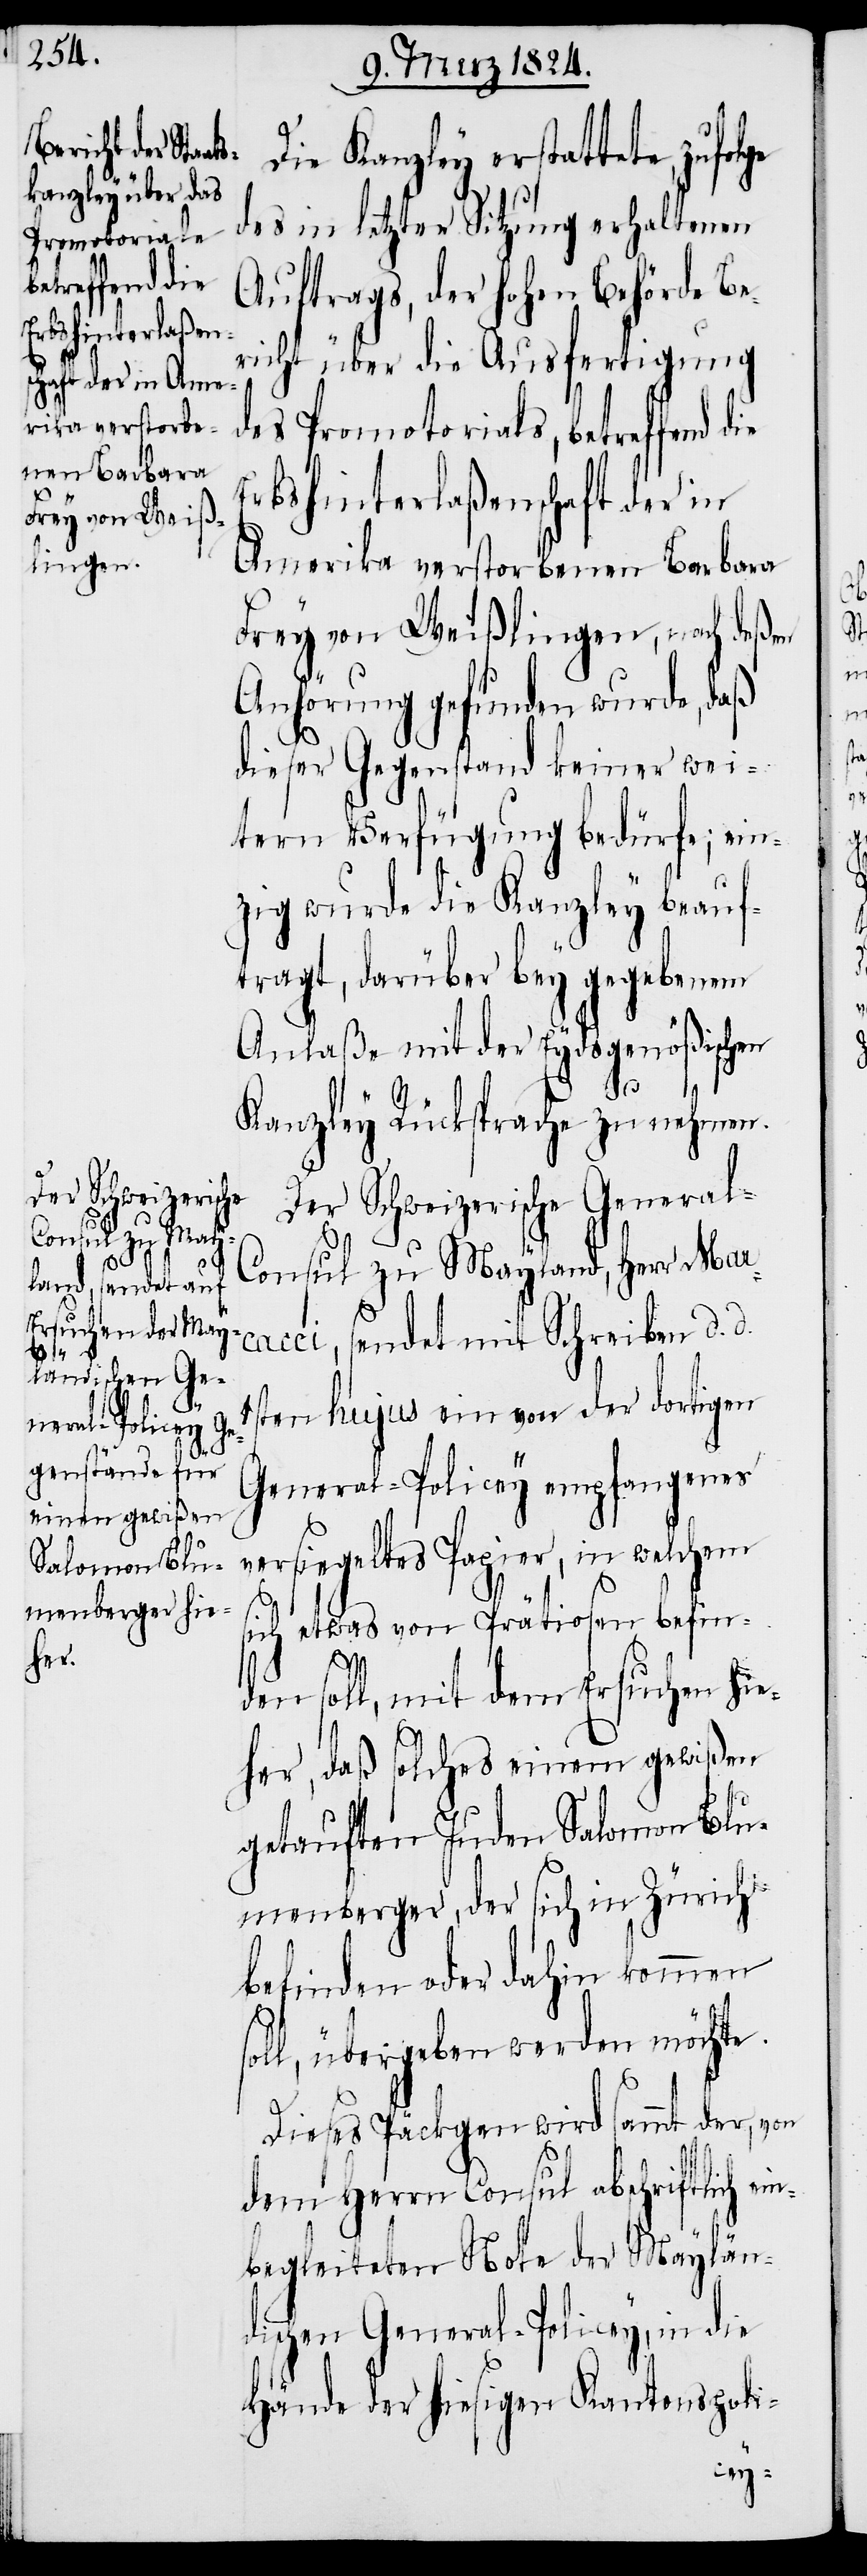
Die Kanzley erstattete, zufol¬
des in letzter Sitzung erhaltenen
Promotorials,
betreffend die
Auftrags, der hohen Behörde Be¬
richt über die Ausfertigung
Erbshinterlaßenschaft der in
Amerika verstorbenen Barbara
Frey von Weißlingen, nach deßen
Anhörung gefunden wurde, daß
dieser Gegenstand keiner wei¬
tern Verfügung bedürfe; ein¬
zig wurde die Kanzley beauf¬
tragt, darüber bey gegebenem
Anlaße Rücksprache zu nehmen.
Der Schweizerische General-C¬
1s¬
onsul zu Mayland, Herr Ma¬
rcacci, sendet mit Schreiben d. d.
ten hujus ein von der dortigen
General-Policey empfangenes
so¬
siegeltes Papier, in welchem
ver¬
sich etwas von Prätiosen befin¬
den soll, mit dem Ersuchen hie¬
her, daß solches einem gewißen
getauften Juden Salomon Blu¬
menberger, der sich in Zürich
befinden oder dahin kommen
ll, übergeben werden möchte.
Dieses Päckgen wird sammt der, von
dem Herrn Consul abschriftlich ein¬
begleiteten Note der Maylän¬
dischen General-Policey, in die
Hände der hiesigen Kantonspoli-
des